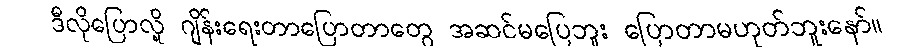
ဒီလိုပြောလို့ ဂျိန်းရေးတာပြောတာတွေ အဆင်မပြေဘူး ပြောတာမဟုတ်ဘူးနော်။